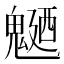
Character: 𩳹